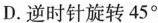
D.逆时针旋转45°